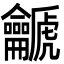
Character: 䶵